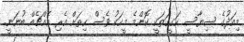
މިއަދުގެ ސިޔާސީ ހަގީގަތަކީ ކޮންމެ މީހަކު ވެސް ހިތަށް އެރި އެއްޗެއް ބުނަނީ.